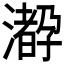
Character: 𤁛